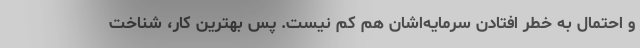
و احتمال به خطر افتادن سرمایه‌اشان هم کم نیست. پس بهترین کار، شناخت